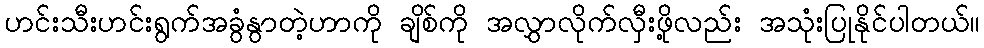
ဟင်းသီးဟင်းရွက်အခွံနွာတဲ့ဟာကို ချိစ်ကို အလွှာလိုက်လှီးဖို့လည်း အသုံးပြုနိုင်ပါတယ်။